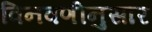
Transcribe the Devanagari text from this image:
विनवणीनुसार